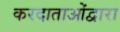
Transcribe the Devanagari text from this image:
करदाताओंद्वारा